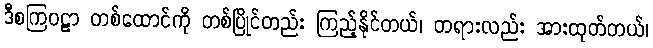
ဒီစကြဝဠာ တစ်ထောင်ကို တစ်ပြိုင်တည်း ကြည့်နိုင်တယ်၊ တရားလည်း အားထုတ်တယ်၊